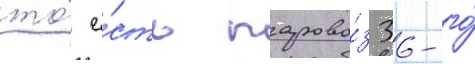
то́ е́сть парово́з 36-го́